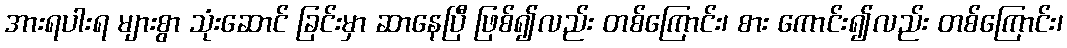
အားရပါးရ များစွာ သုံးဆောင် ခြင်းမှာ ဆာနေပြီ ဖြစ်၍လည်း တစ်ကြောင်း၊ စား ကောင်း၍လည်း တစ်ကြောင်း၊